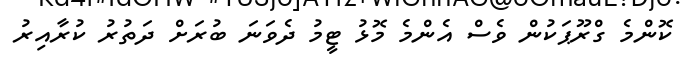
ކޮންމެ ގްރޫޕަކުން ވެސް އެންމެ މޮޅު ޓީމު ދެވަނަ ބުރަށް ދަތުރު ކުރާއިރު